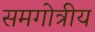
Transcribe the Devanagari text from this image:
समगोत्रीय